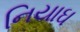
નિયાઘ